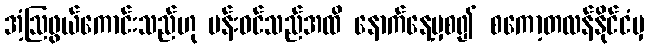
အံ့ဩဖွယ်ကောင်းသည်ဟု ပန်းဝင်သည်အထိ နောက်နေ့မှစ၍ စကော့တလန်နိုင်ငံမှ